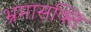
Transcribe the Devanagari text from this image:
भ्रमासक्‍ति